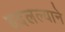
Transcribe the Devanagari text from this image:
बदलल्याने